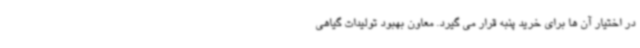
در اختیار آن ها برای خرید پنبه قرار می گیرد. معاون بهبود تولیدات گیاهی